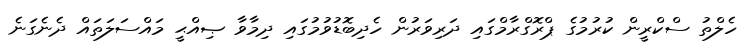
ހެލްތު ސްކްރީން ކުރުމުގެ ޕްރޮގްރާމްގައި ދަރިވަރުން ހެދިބޮޑުވުމުގައި ދިމާވާ ޞިއްޙީ މައްސަލަތައް ދެނެގަނެ